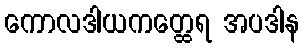
ကောလဒါယကတ္ထေရ အပဒါန